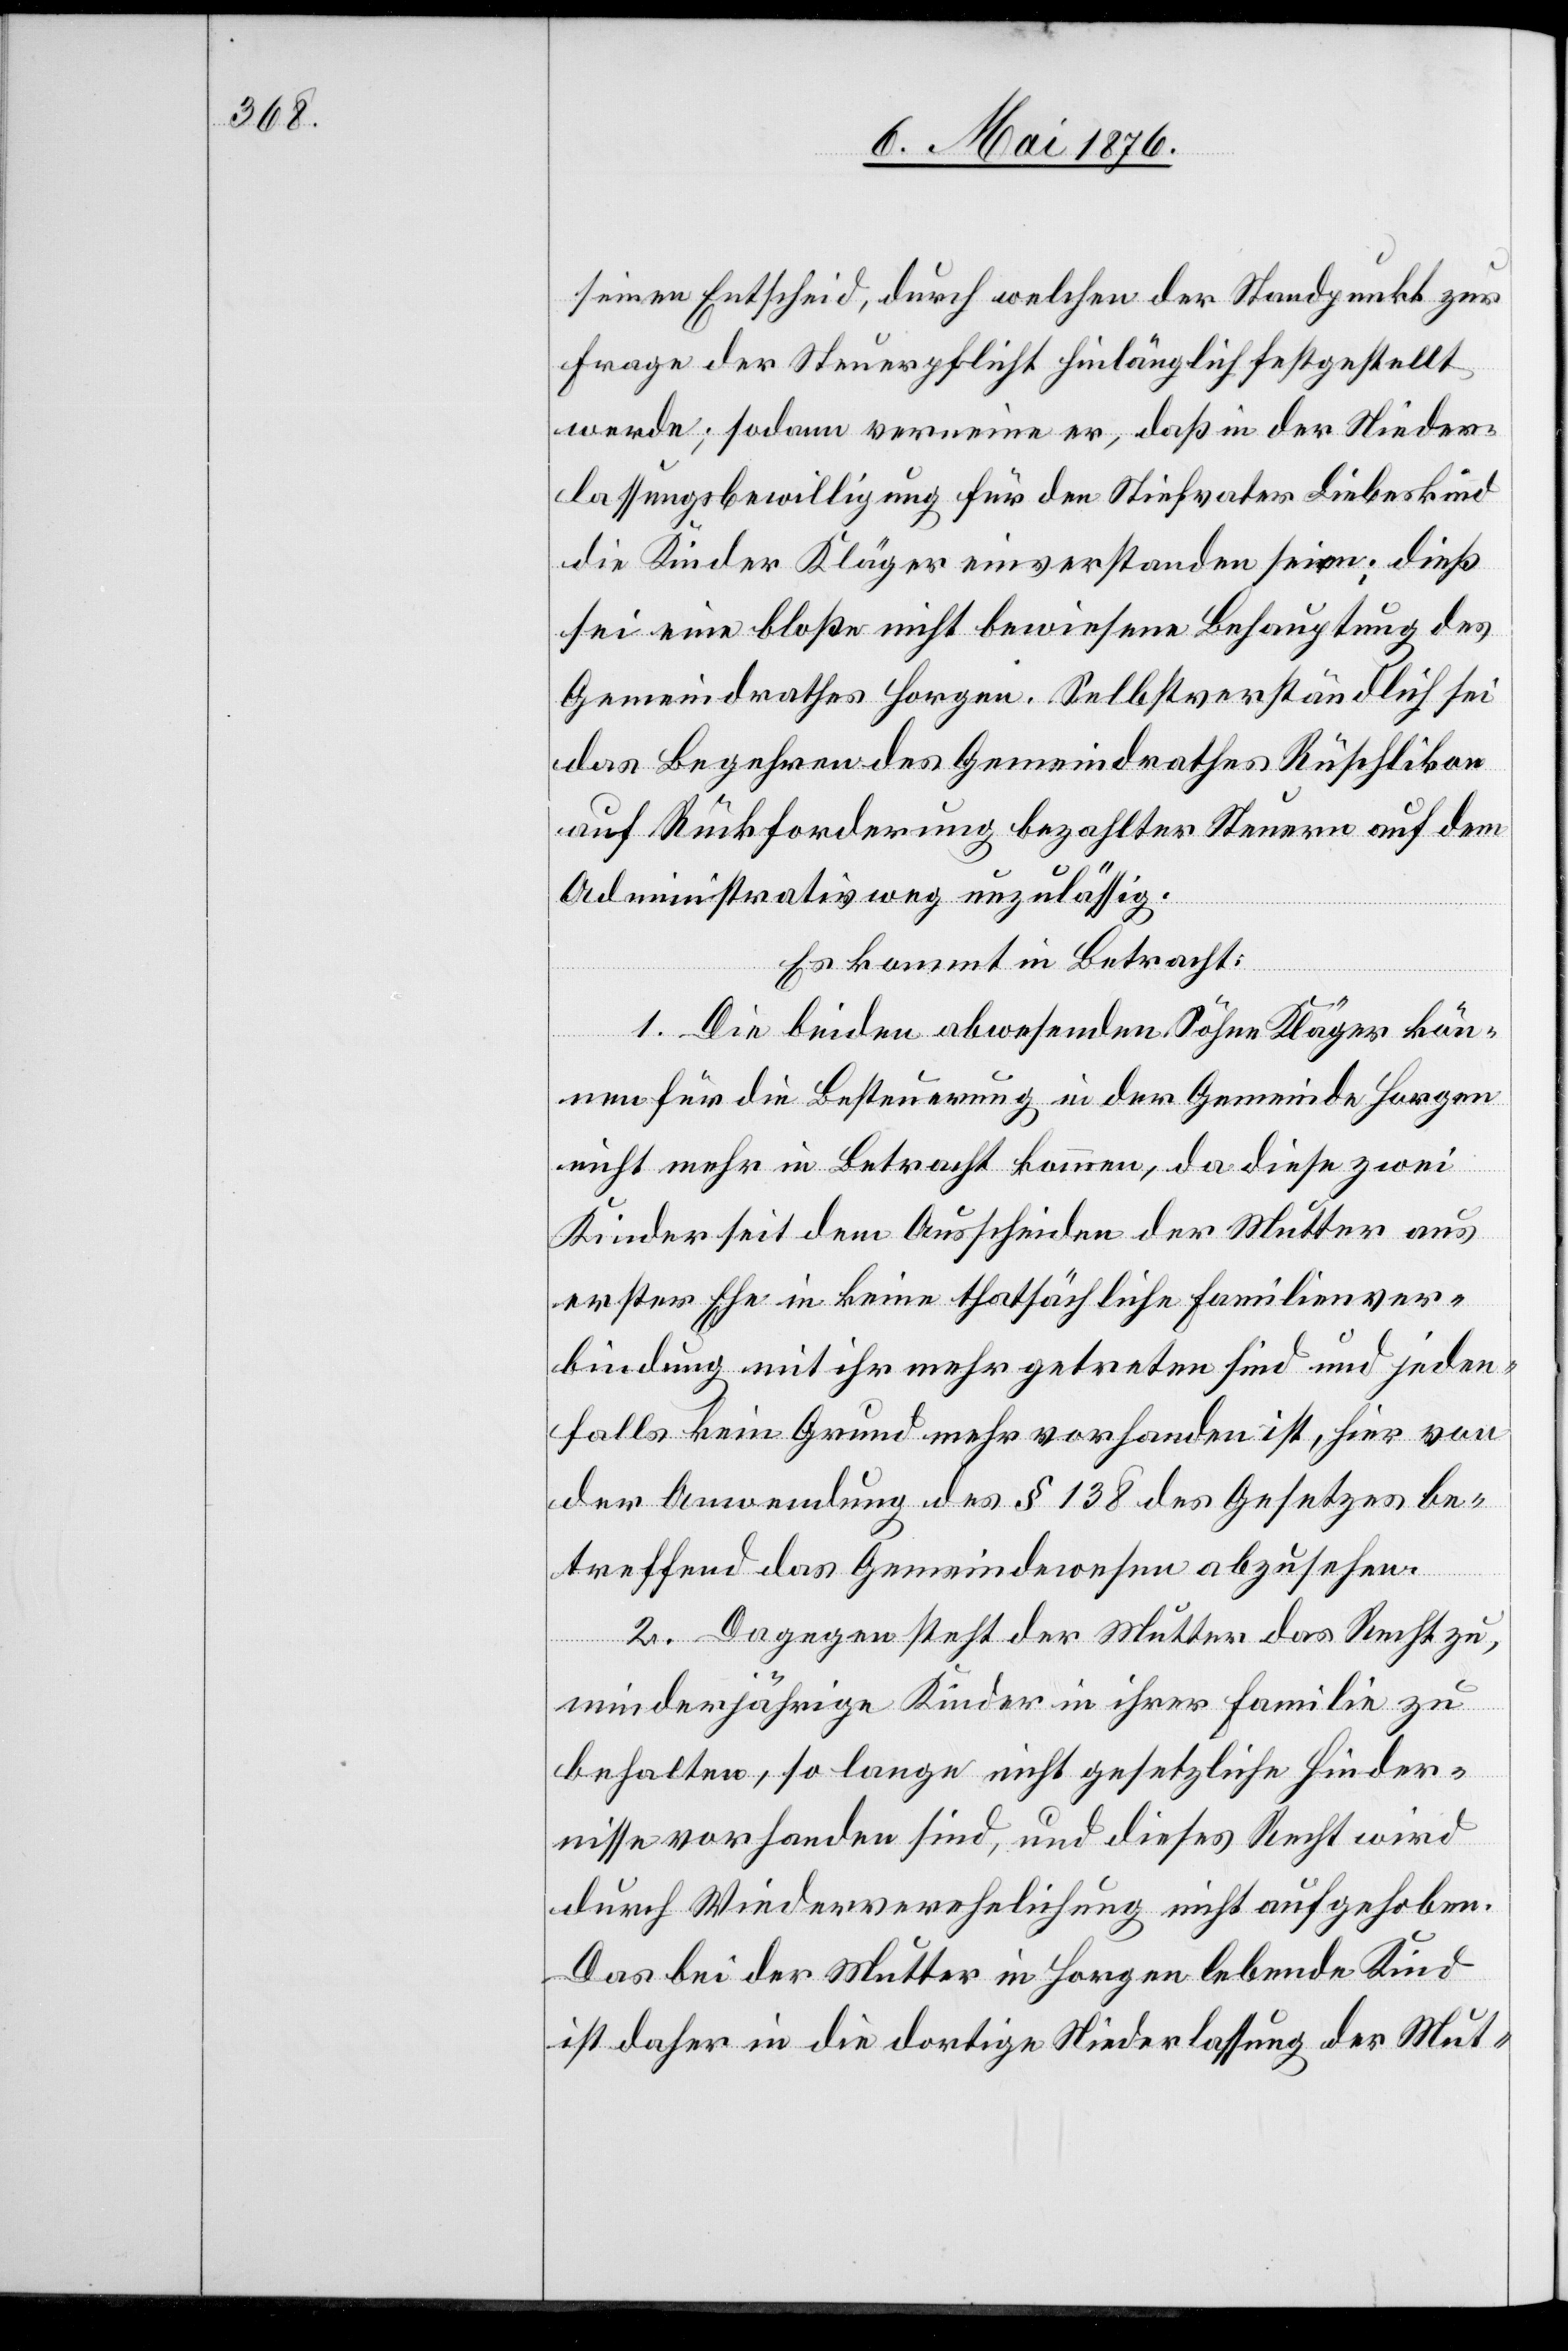
seinen Entscheid, durch welchen der Standpunkt zur
Frage der Steuerpflicht hinlänglich festgestellt
werde; sodann verneine er, daß in der Nieder¬
lassungsbewilligung für den Stiefvater Liebeskind
die Kinder Kläger einverstanden seien; dies
sei eine bloße nicht bewiesene Behauptung des
Gemeindrathes Horgen. Selbstverständlich sei
das Begehren des Gemeindrathes Rüschlikon
auf Rückforderung bezahlter Steuern auf dem
Administrativweg unzulässig.
Es kommt in Betracht:
1. Die beiden abwesenden Söhne Kläger kön¬
nen für die Besteuerung in der Gemeinde Horgen
nicht mehr in Betracht kommen, da diese zwei
Kinder seit dem Ausscheiden der Mutter aus
erster Ehe in keine thatsächliche Familienver¬
bindung mit ihr mehr getreten sind und jeden¬
falls kein Grund mehr vorhanden ist, hier von
der Anwendung des § 138 des Gesetzes be¬
treffend das Gemeindewesen abzusehen.
2. Dagegen steht der Mutter das Recht zu,
minderjährige Kinder in ihrer Familie zu
behalten, so lange nicht gesetzliche Hinder¬
nisse vorhanden sind, und dieses Recht wird
durch Wiederverehelichung nicht aufgehoben.
Das bei der Mutter in Horgen lebende Kind
ist daher in die dortige Niederlassung der Mut-